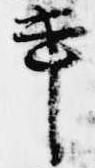
事